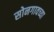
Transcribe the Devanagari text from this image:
सोनगावच्या